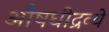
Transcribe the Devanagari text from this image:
औषधीद्रव्ये